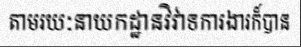
តាមរយៈនាយកដ្ឋានវិវាទការងារក៏បាន